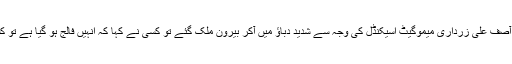
2011ء میں آصف علی زرداری میموگیٹ اسیکنڈل کی وجہ سے شدید دباؤ میں آکر بیرون ملک گئے تو کسی نے کہا کہ انہیں فالج ہو گیا ہے تو کسی نے کچھ ۔